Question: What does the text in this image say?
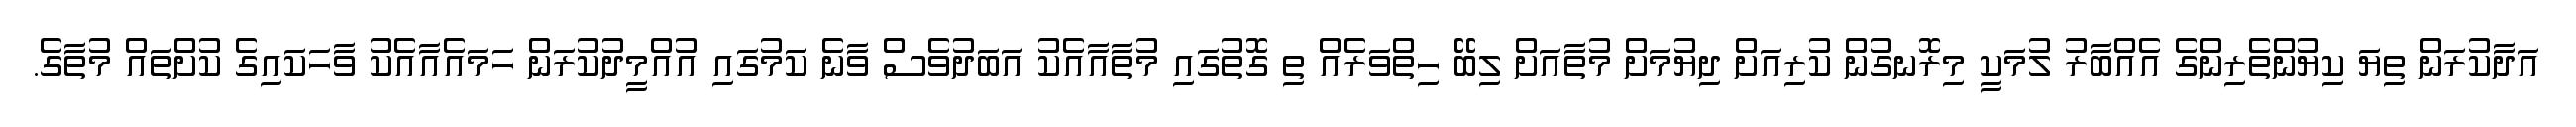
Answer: އަދާކުރަން ތިޔަ ކިޔުންތެރިންގެ އެއްބާރު ލުމަކީ މިރޮނގުން ކުރިއަށް ދިޔުމަށް މުތާއަށް ލިބޭ ހިތްވަރެއް ތި ގޮތުގައި މުތާއާއެކު އަބަދުވެސް ވާނެ ކަމުގައި އުއްމީދުކުރަން ހަމައެއާއެކު ވާހަކައިގެ ކުށްތައް މުތާގެ.